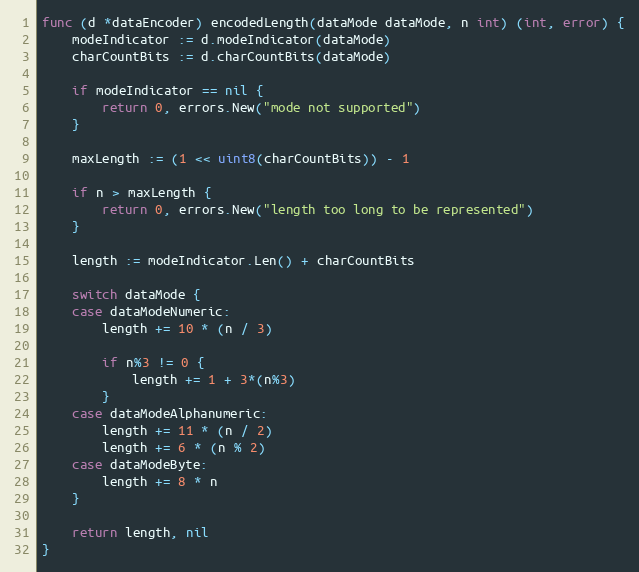
Language: Go
func (d *dataEncoder) encodedLength(dataMode dataMode, n int) (int, error) {
	modeIndicator := d.modeIndicator(dataMode)
	charCountBits := d.charCountBits(dataMode)

	if modeIndicator == nil {
		return 0, errors.New("mode not supported")
	}

	maxLength := (1 << uint8(charCountBits)) - 1

	if n > maxLength {
		return 0, errors.New("length too long to be represented")
	}

	length := modeIndicator.Len() + charCountBits

	switch dataMode {
	case dataModeNumeric:
		length += 10 * (n / 3)

		if n%3 != 0 {
			length += 1 + 3*(n%3)
		}
	case dataModeAlphanumeric:
		length += 11 * (n / 2)
		length += 6 * (n % 2)
	case dataModeByte:
		length += 8 * n
	}

	return length, nil
}